Plague in India, 1896, 1897 - Volume 3
Year: 1896
Disease focus: Plague
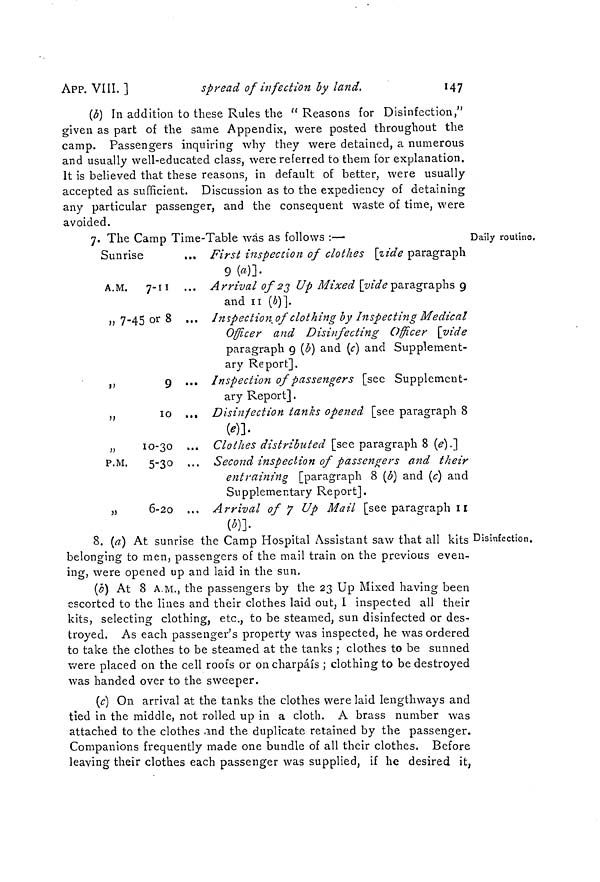
147
APP. VIII. ]
spread of infection by land.
(6) In addition to these Rules the " Reasons for Disinfection,"
given as part of the same Appendix, were posted throughout the
camp. Passengers inquiring why they were detained, a numerous
and usually well-educated class, were referred to them for explanation.
It is believed that these reasons, in default of better, were usually
accepted as sufficient. Discussion as to the expediency of detaining
any particular passenger, and the consequent waste of time, were
avoided.
Daily routine.
7. The Camp Time-Table was as follows :-—
D
Sunrise
... First inspection of clothes [Vide paragraph
9 (a)].
A.M. 7-11 ... Arrival of 23 Up Mixed [videparagraphs 9
and ii (b)]..
„ 7-45 or 8 ... Inspection of clothing by Inspecting Medical
Officer and Disinfecting
Officer
[vide
paragraph 9 (b} and (c) and Supplement-
ary Report],
,,
9 ... Inspection of passengers [see Supplement-
ary Report].
„
lo ... Disinfection tanks opened [see paragraph 8
(e)].
„
10-30 ... Clothes distributed [see paragraph 8 (e}.]
P.M.
5-30 ... Second inspection of passengers and their
entraining [paragraph 8 (b) and (c) and
Supplementary Report].
»
6-20 ... Arrival of 7 Up Mail [see paragraph II
(b)].
; Disinfection.
8. (a) At sunrise the Camp Hospital Assistant saw that all kits
belonging to men, passengers of the mail train on the previous even-
ing, were opened up and laid in the sun.
(b) At 8 A.M., the passengers by the 23 Up Mixed having been
escorted to the lines and their clothes laid out, I inspected all their
kits, selecting clothing, etc., to be steamed, sun disinfected or des-
troyed. As each passenger's property was inspected, he was ordered
to take the clothes to be steamed at the tanks ; clothes to be sunned
were placed on the cell roofs or on charpáís ; clothing to be destroyed
was handed over to the sweeper.
(c) On arrival at the tanks the clothes were laid lengthways and
tied in the middle, not rolled up in a cloth. A brass number was
attached to the clothes and the duplicate retained by the passenger.
Companions frequently made one bundle of all their clothes. Before
leaving their clothes each passenger was supplied, if he desired it,